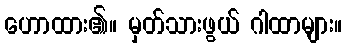
ဟောထား၏။ မှတ်သားဖွယ် ဂါထာများ။